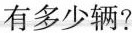
有多少辆？